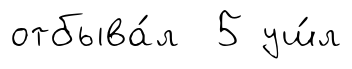
отбыва́л 5 уш́л